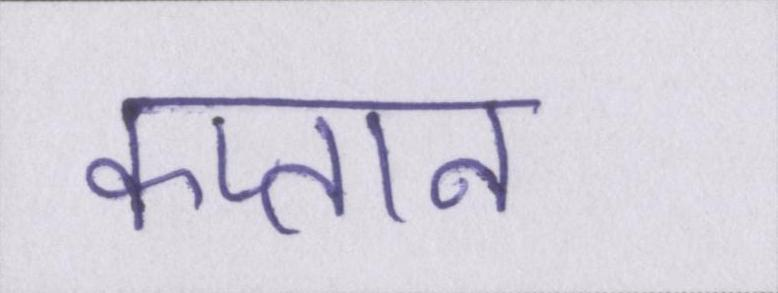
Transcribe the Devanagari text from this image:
कप्तान